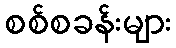
စစ်စခန်းများ